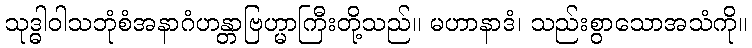
သုဒ္ဓါဝါသဘုံစံအနာဂံဟန္တာဗြဟ္မာကြီးတို့သည်။ မဟာနာဒံ၊ သည်းစွာသောအသံကို။